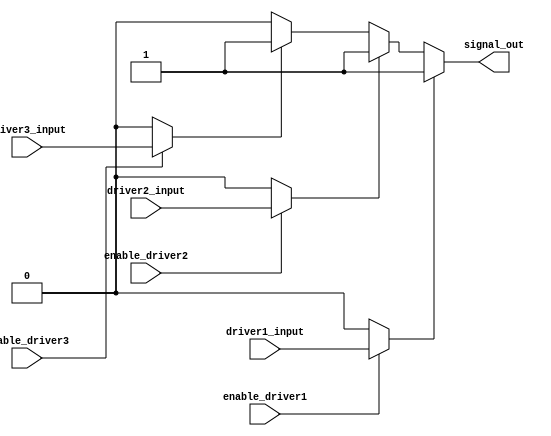
module multiple_drivers (
    input wire driver1_input,
    input wire driver2_input,
    input wire driver3_input,
    input wire enable_driver1,
    input wire enable_driver2,
    input wire enable_driver3,
    output reg signal_out
);

// Internal signals for each driver
wire driver1_output;
wire driver2_output;
wire driver3_output;

// Driver 1: Conditional output based on enable signal
assign driver1_output = (enable_driver1) ? driver1_input : 1'b0;

// Driver 2: Conditional output based on enable signal
assign driver2_output = (enable_driver2) ? driver2_input : 1'b0;

// Driver 3: Conditional output based on enable signal
assign driver3_output = (enable_driver3) ? driver3_input : 1'b0;

// Continuous assignment with priority resolution
always @(*) begin
    // Default value
    signal_out = 1'b0;

    // Priority resolution: Driver 1 > Driver 2 > Driver 3
    if (driver1_output) begin
        signal_out = driver1_output;
    end else if (driver2_output) begin
        signal_out = driver2_output;
    end else if (driver3_output) begin
        signal_out = driver3_output;
    end
end

endmodule